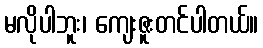
မလိုပါဘူး၊ ကျေးဇူးတင်ပါတယ်။